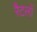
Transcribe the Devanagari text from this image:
रैटलों